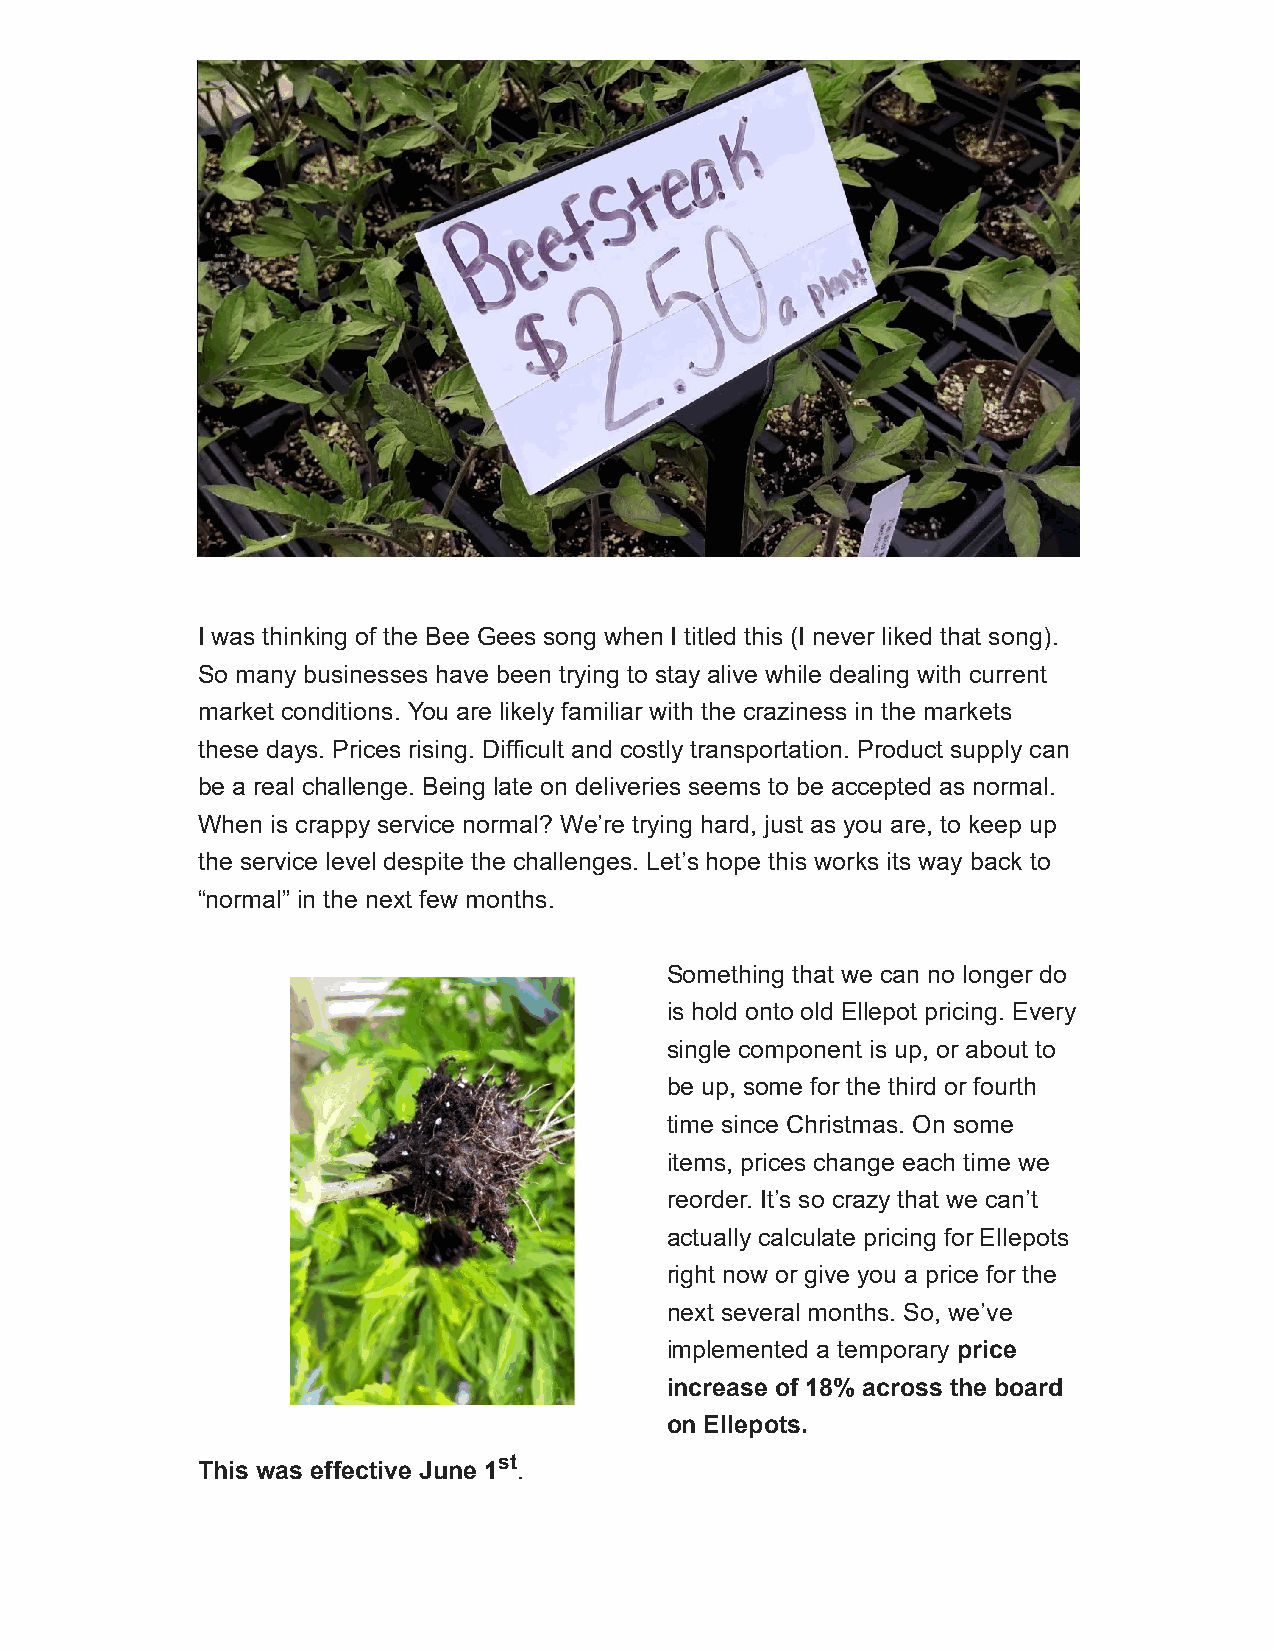
I was thinking of the Bee Gees song when I titled this (I never liked that song).
 So many businesses have been trying to stay alive while dealing with current
 market conditions. You are likely familiar with the craziness in the markets
 these days. Prices rising. Difficult and costly transportation. Product supply can
 be a real challenge. Being late on deliveries seems to be accepted as normal.
 When is crappy service normal? We’re trying hard, just as you are, to keep up
 the service level despite the challenges. Let’s hope this works its way back to
 “normal” in the next few months.
 Something that we can no longer do
 is hold onto old Ellepot pricing. Every
 single component is up, or about to
 be up, some for the third or fourth
 time since Christmas. On some
 items, prices change each time we
 reorder. It’s so crazy that we can’t
 actually calculate pricing for Ellepots
 right now or give you a price for the
 next several months. So, we’ve
 implemented a temporary price
 increase of 18% across the board
 on Ellepots.
 This was effective June 1st.